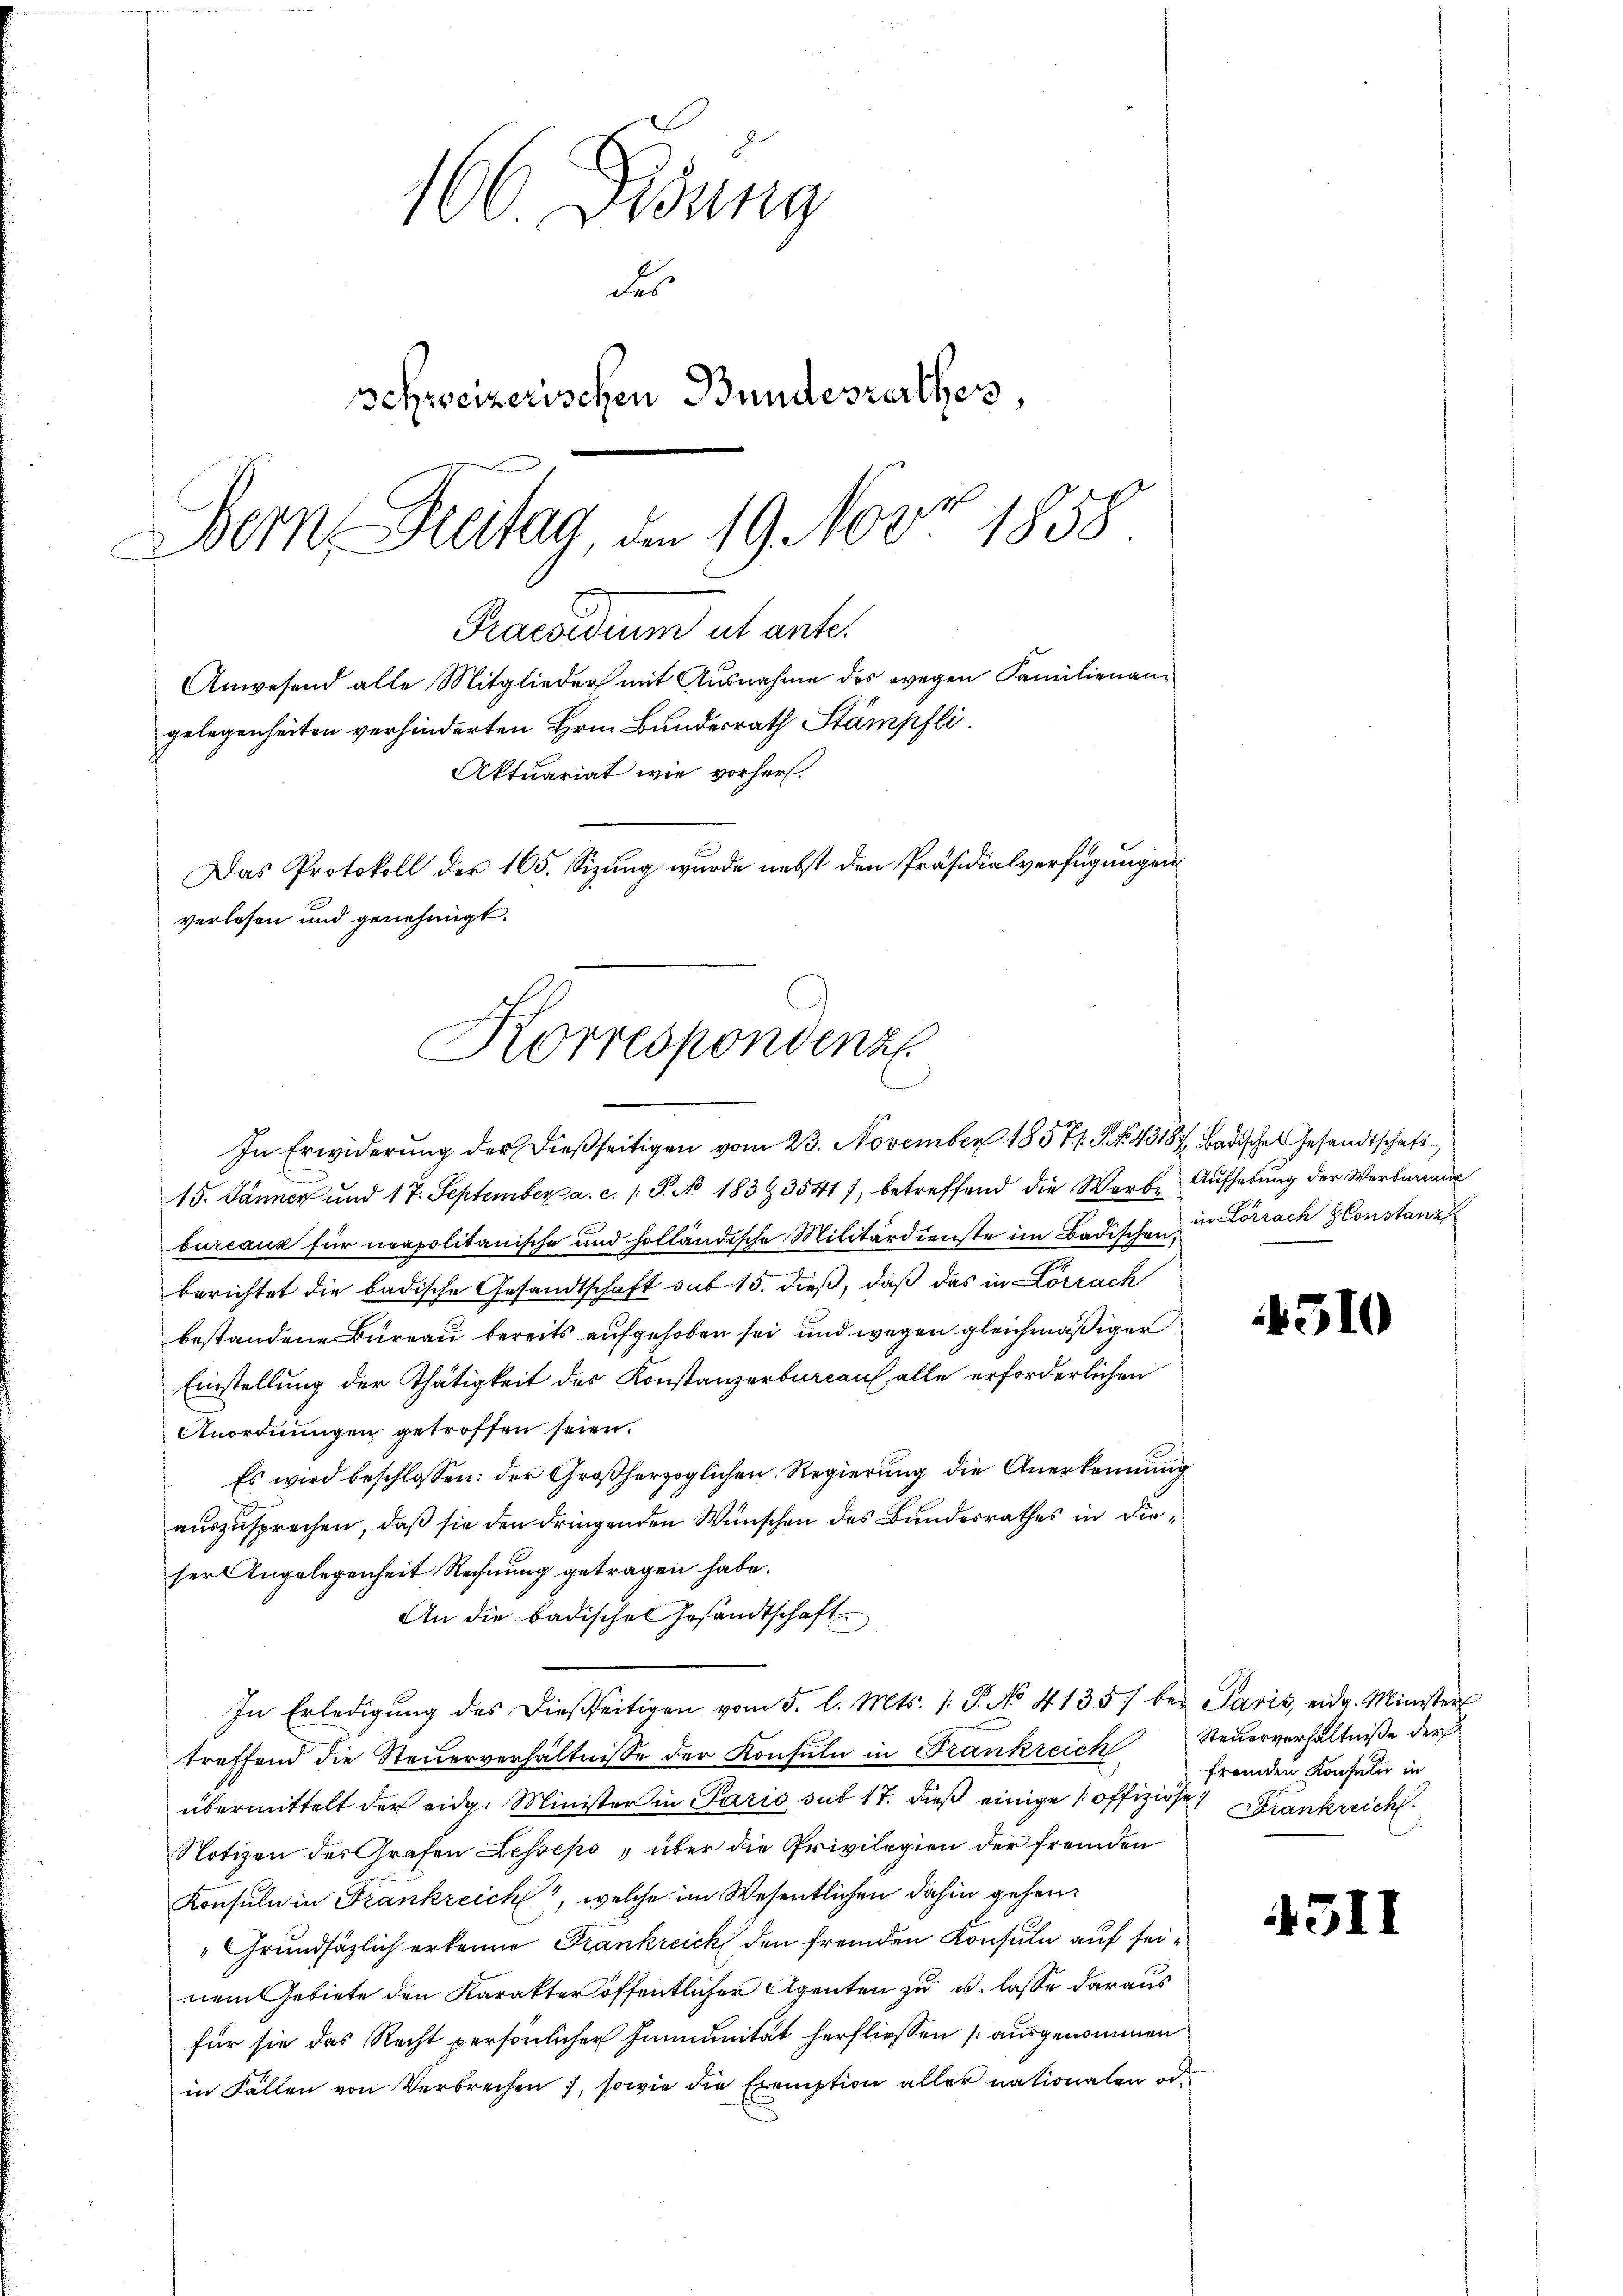
166. Disung
des
Schweizerischen Bundesrathes,
Bern Freitag, den 19. Nov. 1858

verlesen und genehmigt.
Korrespondenz
In Erwiderung der dießseitigen vom 23. November 18571. P. Nr. 43187, Badischen Gesandtschaft

Praesidium ut ante.
Anwesend alle Mitglieder mit Ausnahme des wegen Familienangelegenheiten verhinderten Hrn. Bundesrath Stämpfli
Aktuariat wie vorher.
Das Protokoll der 165. Sizung wurde nebst den Präsidialverfügungen

15. Jänner und 17. September a. c. 1. P. No 1833541), betreffend die Warte Aufhebung der Werbureau
bureaux für neapolitanische und holländische Militärdienste im Badischen in Lörrach Glonstanz
berichtet die badische Gesandtschaft sub 15. dieß, daß das in Lörrach
bestandene Bureau bereits aufgehoben sei und wegen gleichmäßiger
Einstellung der Thätigkeit des Konstanzerbureau alle erforderlichen
Anordnungen getroffen seien.
Es wird beschlossen: der Großherzoglichen Regierung die Anerkennung
auszusprechen, daß sie den dringenden Wünschen des Bundesrathes in dieser Angelegenheit Rechnung getragen habe.
An die badische Gesandtschaft
In Erledigŭng des dießseitigen vom 5. l. Mts. 1. P. No 4135) bei Paris, eidg. Minister
treffend die Steŭerverhältnisse der Konsuln in Frankreich Steuerverhältniße der
übermittelt der eidg. Minister in Paris sub 17. dieß einige offiziöse Krankreich
Notizen des Grafen Fesseps, über die Privilegien der fremden
Konsuln in Frankreich, welche im Wesentlichen dahin gehen,
"Grundsätzlich erkenne Frankreich den fremden Konsula auf seinem Gebiete den Karakter öffentlicher Agenten zu u. lasse daraus
für sie das Recht persönlicher Immunität herfliessen (ausgenommen
in Fällen von Verbrechen , sowie die Exemption aller nationalen ode

4510

fremden Konseli in

4511